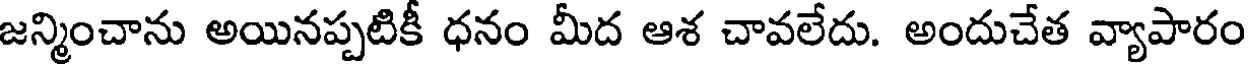
జన్మించాను అయినప్పటికీ ధనం మీద ఆశ చావలేదు. అందుచేత వ్యాపారం